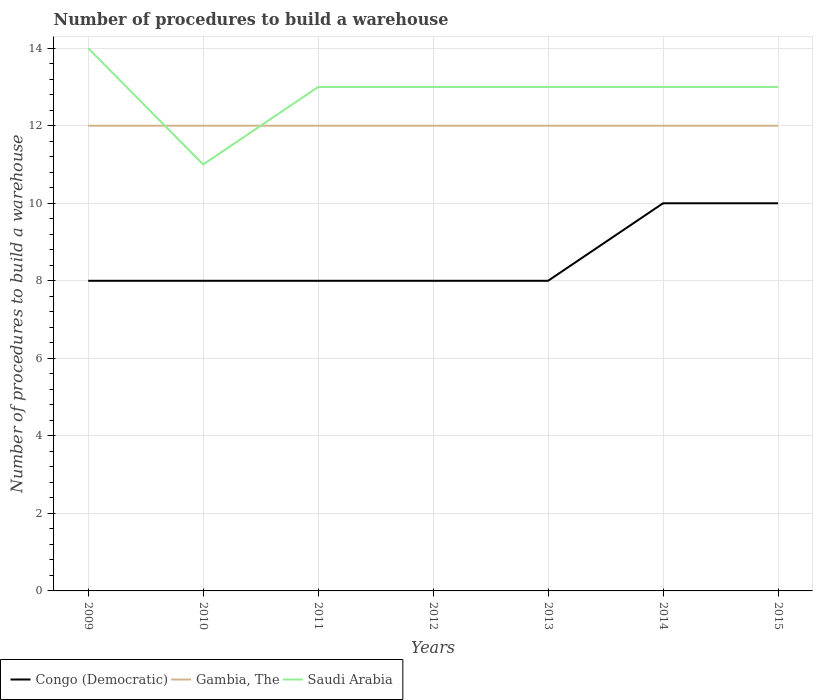
| Years | Congo (Democratic) | Gambia, The | Saudi Arabia |
 | --- | --- | --- | --- |
 | 2009 | 8 | 12 | 14 |
 | 2010 | 8 | 12 | 11 |
 | 2011 | 8 | 12 | 13 |
 | 2012 | 8 | 12 | 13 |
 | 2013 | 8 | 12 | 13 |
 | 2014 | 10 | 12 | 13 |
 | 2015 | 10 | 12 | 13 |